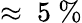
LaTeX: \approx~5~\%